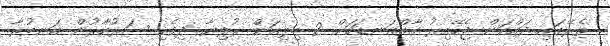
ތެރޭގައި ދައްކަން ޖެހޭއިރު ގާތްގަނޑަކަށް 2 ބިލިއަން ރުފިޔާ ދިވެހި ސަރުކާރުން އަނބުރާ